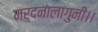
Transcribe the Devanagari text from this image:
मर्दनालागुनी।।